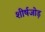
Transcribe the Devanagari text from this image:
शीर्षजोड़